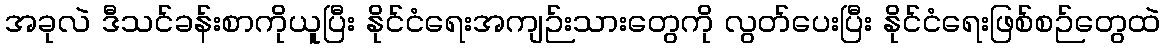
အခုလဲ ဒီသင်ခန်းစာကိုယူပြီး နိုင်ငံရေးအကျဉ်းသားတွေကို လွတ်ပေးပြီး နိုင်ငံရေးဖြစ်စဉ်တွေထဲ